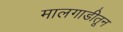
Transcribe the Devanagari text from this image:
मालगाडीतून